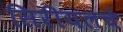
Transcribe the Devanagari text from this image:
सिरीयलचे